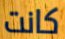
كانت